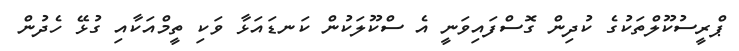
ޕްރީސުކޫލްތަކުގެ ކުދިން ގޮސްފައިވަނީ އެ ސްކޫލަކުން ކަނޑައަޅާ ވަކި ތީމްއަކާއި ގުޅޭ ހެދުން